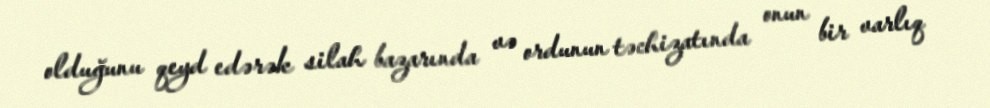
olduğunu qeyd edərək silah bazarında və ordunun təchizatında onun bir varlıq